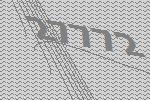
27772